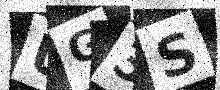
Text: UG3S